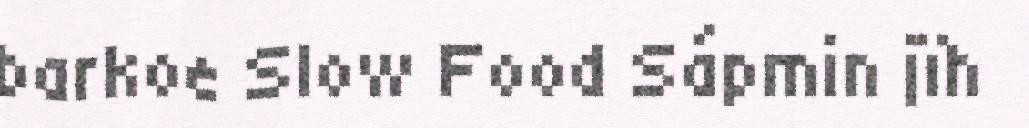
barkoe Slow Food Sápmin jïh